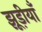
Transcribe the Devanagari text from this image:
झूड़ीयाँ